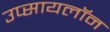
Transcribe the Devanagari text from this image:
उप्सायलॉन